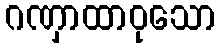
ဂဏှာထာဝုသော